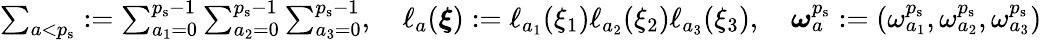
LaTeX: \begin{array}{r}{\sum_{a<{p_{\mathrm{s}}}}:=\sum_{a_{1}=0}^{{p_{\mathrm{s}}}-1}\sum_{a_{2}=0}^{{p_{\mathrm{s}}}-1}\sum_{a_{3}=0}^{{p_{\mathrm{s}}}-1},\quad\ell_{a}(\boldsymbol{\xi}):=\ell_{a_{1}}(\xi_{1})\ell_{a_{2}}(\xi_{2})\ell_{a_{3}}(\xi_{3}),\quad\boldsymbol{\omega}_{a}^{p_{\mathrm{s}}}:=\left(\omega_{a_{1}}^{p_{\mathrm{s}}},\omega_{a_{2}}^{p_{\mathrm{s}}},\omega_{a_{3}}^{p_{\mathrm{s}}}\right)}\end{array}